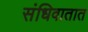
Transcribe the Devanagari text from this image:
संधिवातात